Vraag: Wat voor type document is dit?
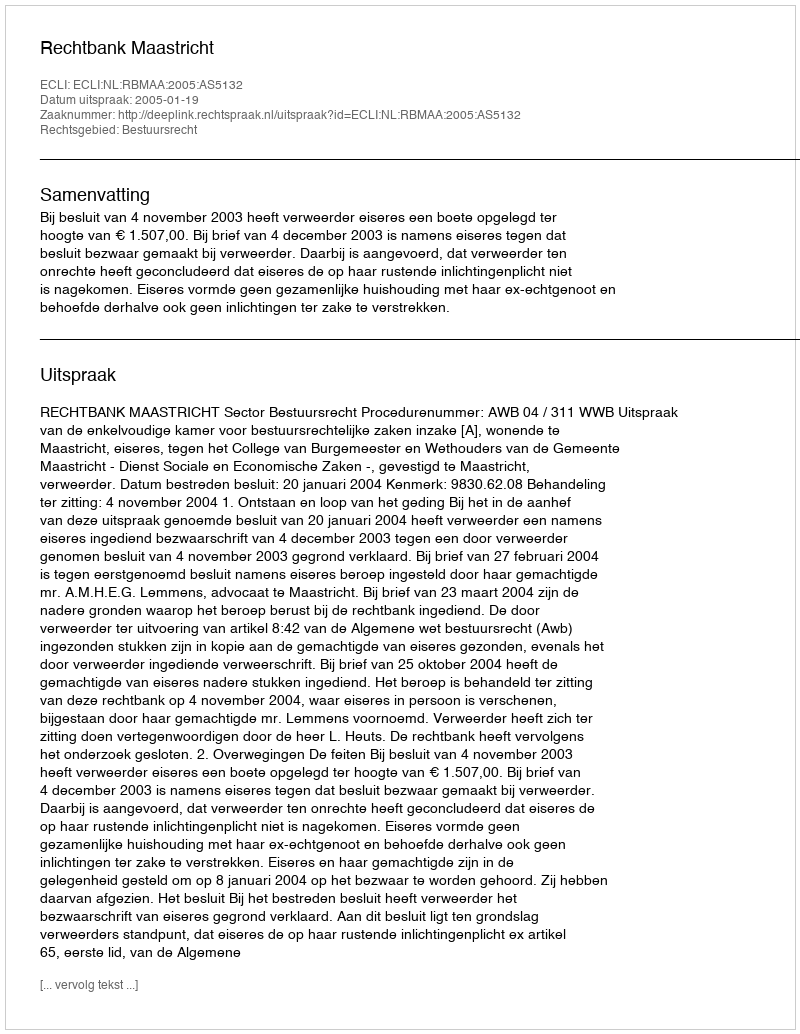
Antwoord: Uitspraak